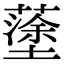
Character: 𡒎